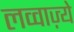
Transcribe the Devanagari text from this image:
लव्वाज़्ये